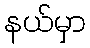
နယ်မှာ